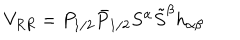
V _ { R R } = P _ { 1 / 2 } \bar { P } _ { 1 / 2 } S ^ { \alpha } \tilde { S } ^ { \beta } h _ { \alpha \beta }